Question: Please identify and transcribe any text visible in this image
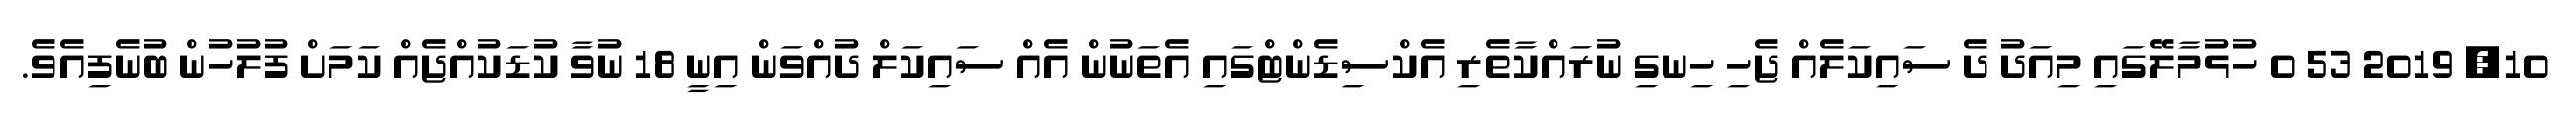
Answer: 10, 2019 53 0 ހުޅުމާލޭގައި މިއަދު ދެ ސައިކަލެއް ޖެހި ހިނގި ނުރައްކާތެރި އެކްސިޑެންޓްގައި އެތަނުން އެއް ސައިކަލް ދުއްވަން އިނީ 18 ނުވާ ކުޑަކުއްޖެއް ކަމަށް ފުލުހުން ބުނެފިއެވެ.